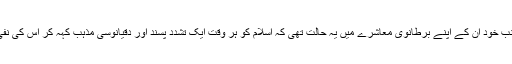
دوسری جانب خود ان کے اپنے برطانوی معاشرے میں یہ حالت تھی کہ اسلام کو ہر وقت ایک تشدد پسند اور دقیانوسی مذہب کہہ کر اس کی نفی کی جاتی۔